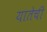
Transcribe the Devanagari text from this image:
यातेची